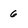
Character: 6